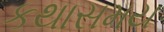
કથાસમય